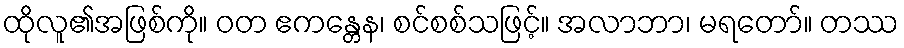
ထိုလူ၏အဖြစ်ကို။ ဝတ ဧကန္တေန၊ စင်စစ်သဖြင့်။ အလာဘာ၊ မရတော်။ တဿ